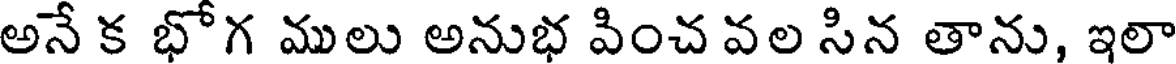
అనే క భోగ ములు అనుభ వించ వల సిన తాను, ఇలా